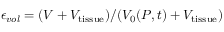
\epsilon _ { v o l } = ( V + V _ { \mathrm { t i s s u e } } ) / ( V _ { \mathrm { 0 } } ( P , t ) + V _ { \mathrm { t i s s u e } } )